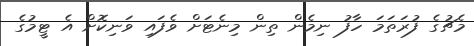
މެޗުގެ ފުރަތަމަ ހާފު ނިމެން ތިން މިނެޓަށް ވެފައި ވަނިކޮށް އެ ޓީމުގެ